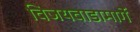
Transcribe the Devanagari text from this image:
विजयवाडामार्गे